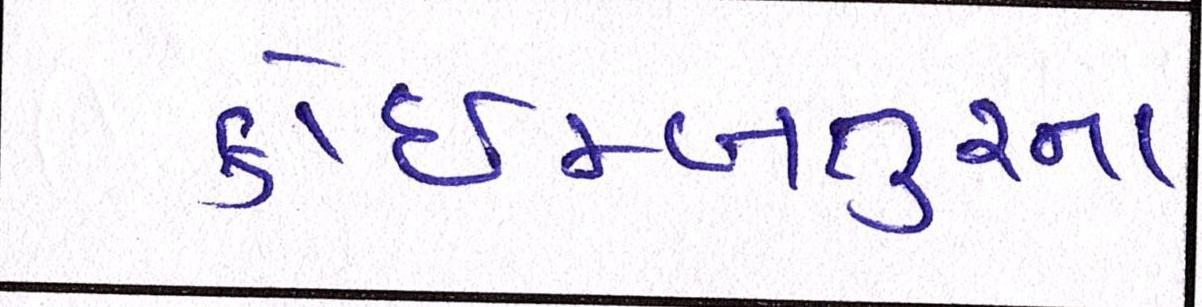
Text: કોઇમ્બતુરના